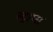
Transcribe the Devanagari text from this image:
स्ट्राप्स